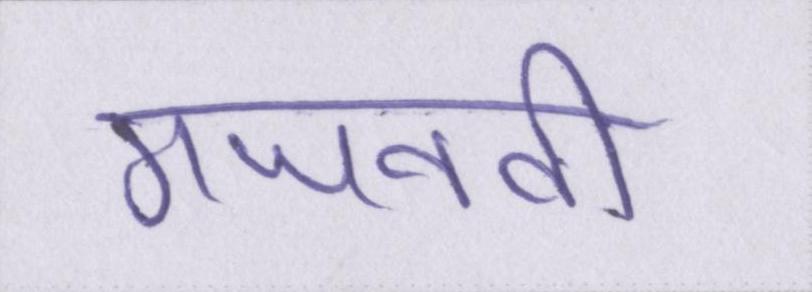
गजनवी